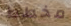
مخطط